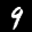
Label: 9